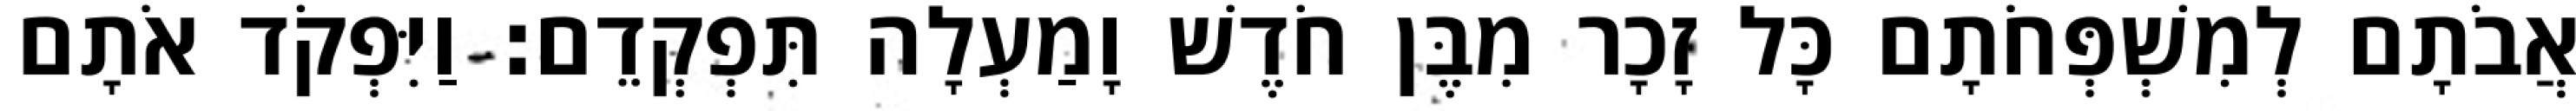
אֲבֹתָם לְמִשְׁפְּחֹתָם כָּל זָכָר מִבֶּן חֹדֶשׁ וָמַעְלָה תִּפְקְדֵם׃ וַיִּפְקֹד אֹתָם